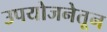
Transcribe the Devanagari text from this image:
उपयोजनेतून